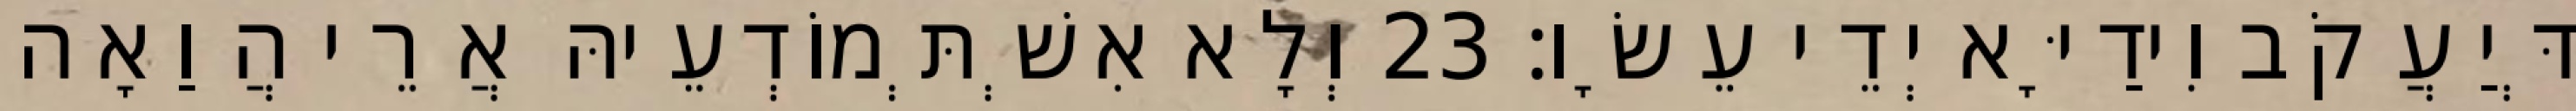
דְּיַעֲקֹב וִידַיָּא יְדֵי עֵשָׂו׃ 23 וְלָא אִשְׁתְּמוֹדְעֵיהּ אֲרֵי הֲוַאָה